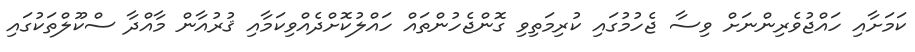
ކަމަށާއި ހައްޖުވެރިންނަށް ވިސާ ޖެހުމުގައި ކުރިމަތިވި ގޮންޖެހުންތައް ހައްލުކޮށްދެއްވިކަމާއި ޤުރުއާން މާއްދާ ސްކޫލްތަކުގައި